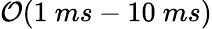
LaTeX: \mathcal{O}(1~ms-10~ms)